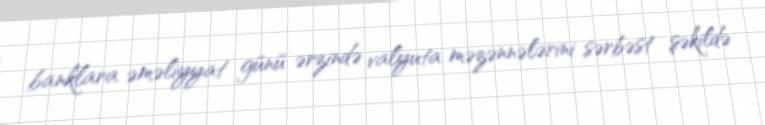
banklara əməliyyat günü ərzində valyuta məzənnələrini sərbəst şəkildə